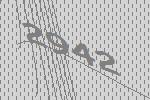
2942